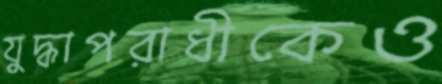
যুদ্ধাপরাধীকেও